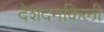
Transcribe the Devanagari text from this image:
देशदनकिली